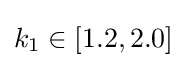
k_{1}\in [1.2,2.0]